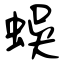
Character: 蜈